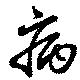
病